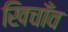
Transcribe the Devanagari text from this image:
खिचाँव